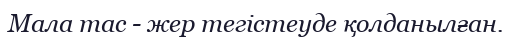
Мала тас - жер тегістеуде қолданылған.